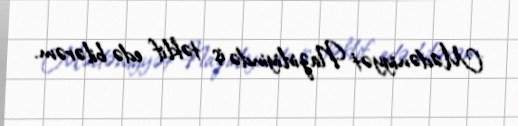
Mədəniyyət Nazirliyində iş təklif edə bilərəm.